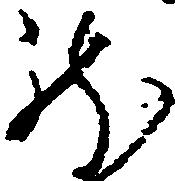
龍